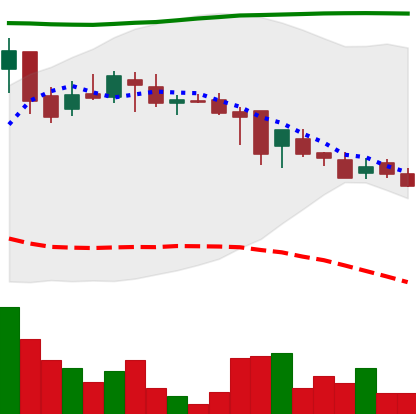
Ticker: DOGE-USD
Chart end date: 2018-08-07
Forward return: -9.996%
Label: down_7plus